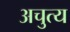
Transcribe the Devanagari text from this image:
अचुत्य